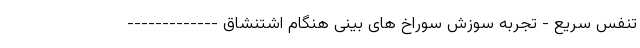
تنفس سریع - تجربه سوزش سوراخ های بینی هنگام اشتنشاق -------------